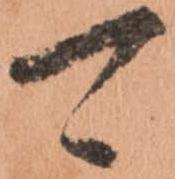
可